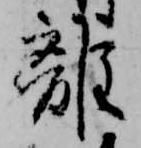
離